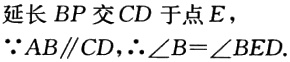
延长 \(BP\) 交 \(CD\) 于点 \(E\)，
\(\because AB\parallel CD,\therefore \angle B = \angle BED\).